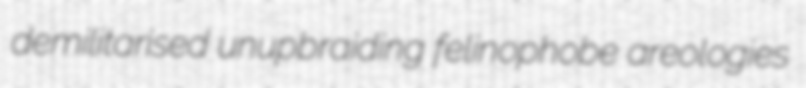
demilitarised unupbraiding felinophobe areologies